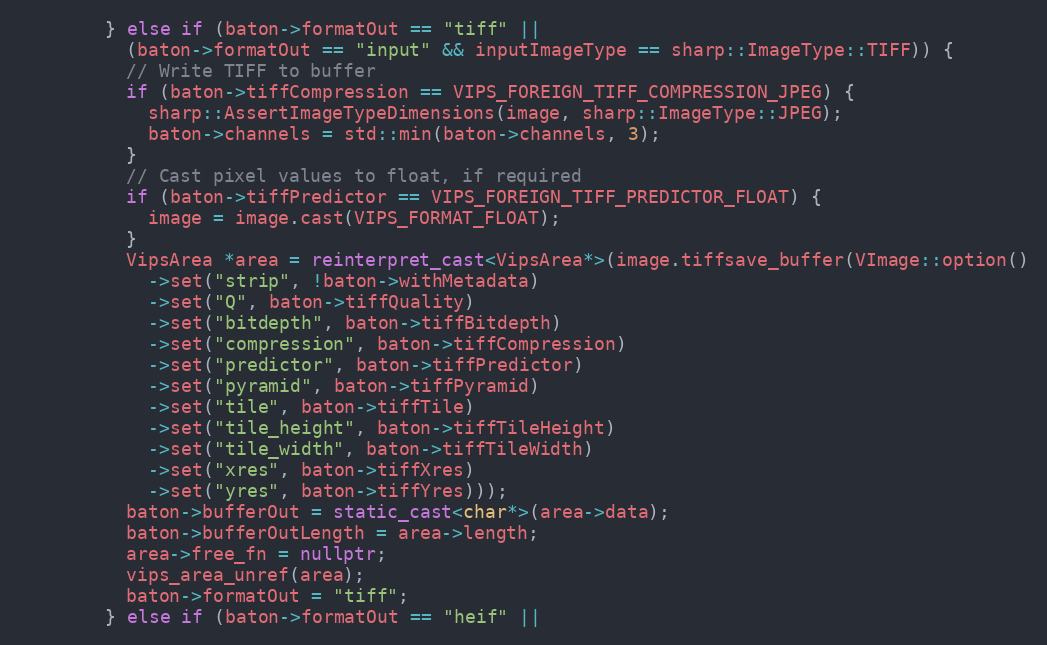
Language: C++
        } else if (baton->formatOut == "tiff" ||
          (baton->formatOut == "input" && inputImageType == sharp::ImageType::TIFF)) {
          // Write TIFF to buffer
          if (baton->tiffCompression == VIPS_FOREIGN_TIFF_COMPRESSION_JPEG) {
            sharp::AssertImageTypeDimensions(image, sharp::ImageType::JPEG);
            baton->channels = std::min(baton->channels, 3);
          }
          // Cast pixel values to float, if required
          if (baton->tiffPredictor == VIPS_FOREIGN_TIFF_PREDICTOR_FLOAT) {
            image = image.cast(VIPS_FORMAT_FLOAT);
          }
          VipsArea *area = reinterpret_cast<VipsArea*>(image.tiffsave_buffer(VImage::option()
            ->set("strip", !baton->withMetadata)
            ->set("Q", baton->tiffQuality)
            ->set("bitdepth", baton->tiffBitdepth)
            ->set("compression", baton->tiffCompression)
            ->set("predictor", baton->tiffPredictor)
            ->set("pyramid", baton->tiffPyramid)
            ->set("tile", baton->tiffTile)
            ->set("tile_height", baton->tiffTileHeight)
            ->set("tile_width", baton->tiffTileWidth)
            ->set("xres", baton->tiffXres)
            ->set("yres", baton->tiffYres)));
          baton->bufferOut = static_cast<char*>(area->data);
          baton->bufferOutLength = area->length;
          area->free_fn = nullptr;
          vips_area_unref(area);
          baton->formatOut = "tiff";
        } else if (baton->formatOut == "heif" ||